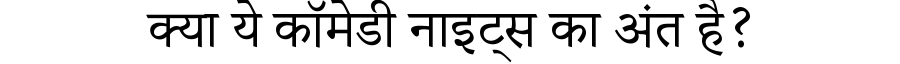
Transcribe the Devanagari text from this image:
क्या ये कॉमेडी नाइट्स का अंत है?